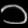
Digit: ၁